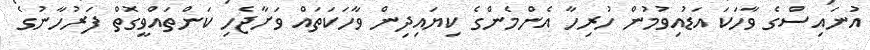
އުނައިސްގެ ވާހަކަ އަޑުއިވުމުން ހުރިހާ އެންމެންގެ ކިޔައިދިން ވާހަކަތައް ވަށާޖެހި ކަންތައްވީގޮތް ފަރުހާނުގެ